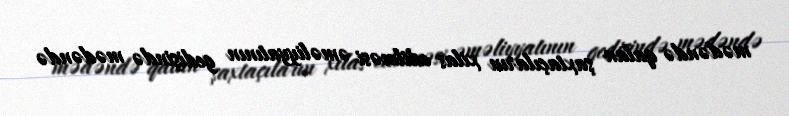
mədəndə qalan şaxtaçıların xilas edilməsi əməliyyatının gedişində mədəndə